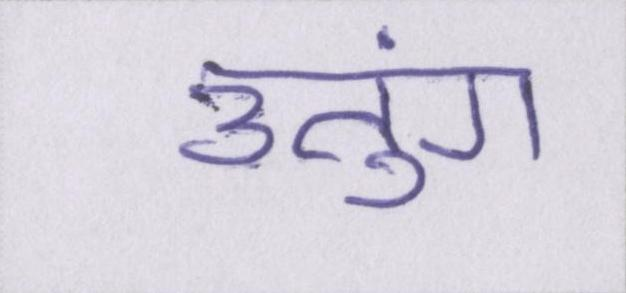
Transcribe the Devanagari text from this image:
उतुंग